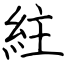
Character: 紸